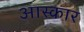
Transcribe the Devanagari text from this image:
आस्कार